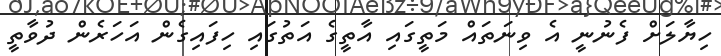
ހިޔާލަށް ފެނުނީ އެ ވިނަތައް މަތީގައި އާތީގެ އަތުގައި ހިފައިގެން އަހަރެން ދުވާތީ